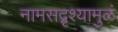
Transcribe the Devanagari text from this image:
नामसद्रृश्यामुळं